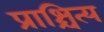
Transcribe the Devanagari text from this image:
प्राश्चित्य